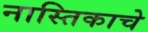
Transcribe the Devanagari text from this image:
नास्तिकाचे